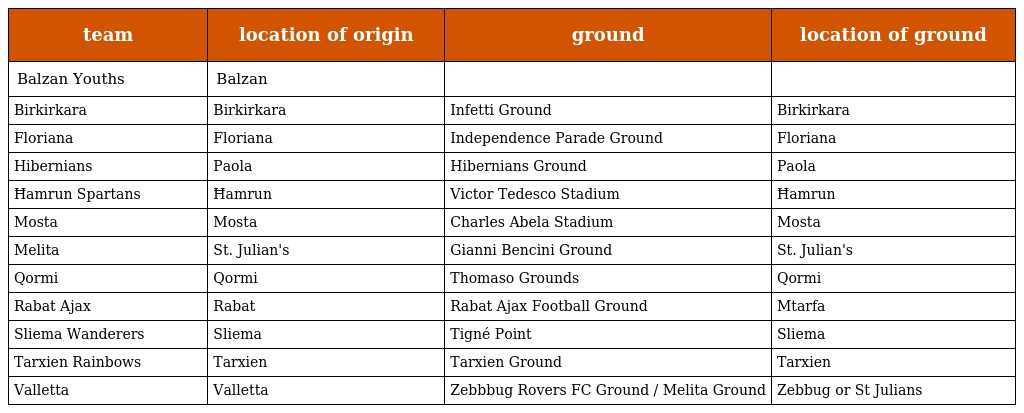
| team | location of origin | ground | location of ground |
 | --- | --- | --- | --- |
 | Balzan Youths | Balzan |  |  |
 | Birkirkara | Birkirkara | Infetti Ground | Birkirkara |
 | Floriana | Floriana | Independence Parade Ground | Floriana |
 | Hibernians | Paola | Hibernians Ground | Paola |
 | Ħamrun Spartans | Ħamrun | Victor Tedesco Stadium | Ħamrun |
 | Mosta | Mosta | Charles Abela Stadium | Mosta |
 | Melita | St. Julian's | Gianni Bencini Ground | St. Julian's |
 | Qormi | Qormi | Thomaso Grounds | Qormi |
 | Rabat Ajax | Rabat | Rabat Ajax Football Ground | Mtarfa |
 | Sliema Wanderers | Sliema | Tigné Point | Sliema |
 | Tarxien Rainbows | Tarxien | Tarxien Ground | Tarxien |
 | Valletta | Valletta | Zebbbug Rovers FC Ground / Melita Ground | Zebbug or St Julians |